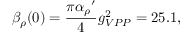
{ \beta } _ { \rho } ( 0 ) = { \frac { \pi { { \alpha } _ { \rho } } ^ { \prime } } { 4 } } { g } _ { V P P } ^ { 2 } = 2 5 . 1 ,